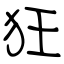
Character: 狂